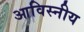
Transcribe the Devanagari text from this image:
आविस्नीय